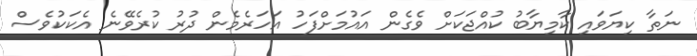
ނަތާ ކިޔަވައި ކާމިޔާބު ކުއްޖަކަށް ވެގެން އައުމަށްފަހު އަހަރެމެން ދުރު ކުރެވޭނެ އެކަކުވެސް